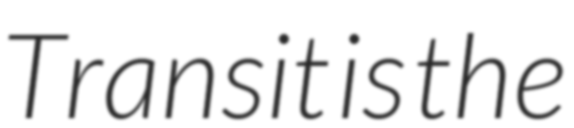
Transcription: Transit is the